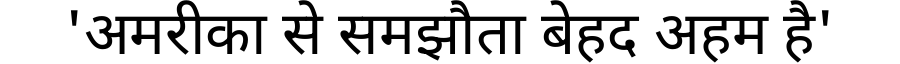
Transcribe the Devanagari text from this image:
'अमरीका से समझौता बेहद अहम है'